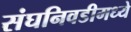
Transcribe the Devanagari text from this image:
संघनिवडीमध्ये